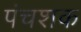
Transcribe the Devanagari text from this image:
पंचशक